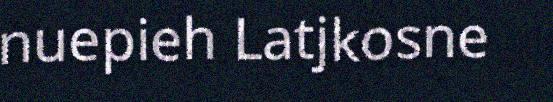
nuepieh Latjkosne